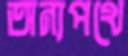
অন্যপথে